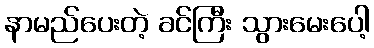
နာမည်ပေးတဲ့ ခင်ကြီး သွားမေးပေါ့